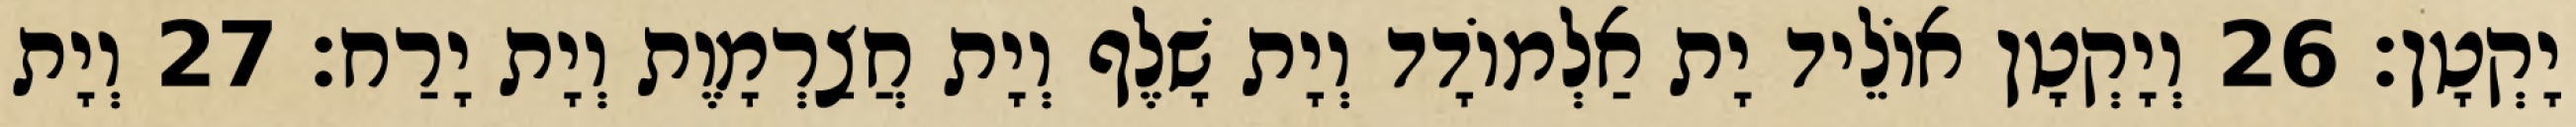
יָקְטָן׃ 26 וְיָקְטָן אוֹלֵיד יָת אַלְמוֹדָד וְיָת שָׁלֶף וְיָת חֲצַרְמָוֶת וְיָת יָרַח׃ 27 וְיָת